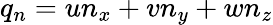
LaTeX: q_{n}=un_{x}+vn_{y}+wn_{z}